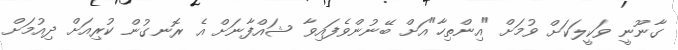
ގާނޫނީ ވަކީލަކަށް ވުމަށް "އިންތިހާ"އަށް ބޭނުންވެފައިވާ ޝައްފާނަށް އެ ރޮނގުން ކުރިއަށް ދިއުމަށް